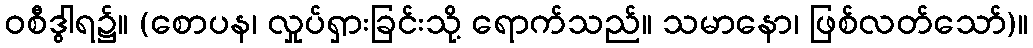
ဝစီဒွါရ၌။ (စောပန၊ လှုပ်ရှားခြင်းသို့ ရောက်သည်။ သမာနော၊ ဖြစ်လတ်သော်)။